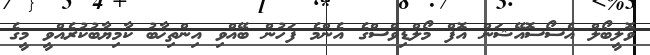
ވޮލީބޯލް އެސޯސޮއޭޝަން އޮފް މޯލްޑިވްސްގެ އެންމެ ފަހުން ބޭއްވި އިންތިޚާބު ކާމިޔާބުކުރެއްވީ މީގެ